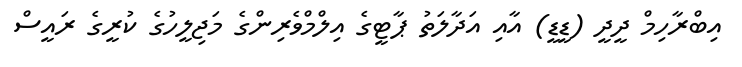
އިބްރާހިމް ދީދީ (ޑީޑީ) އާއި އަދާލަތު ޕާޓީގެ އިލްމްވެރިންގެ މަޖިލީހުގެ ކުރީގެ ރައީސް